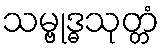
သမ္ဗုဒ္ဓသုတ္တံ